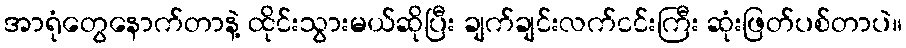
အာရုံတွေနောက်တာနဲ့ ထိုင်းသွားမယ်ဆိုပြီး ချက်ချင်းလက်ငင်းကြီး ဆုံးဖြတ်ပစ်တာပဲ။